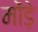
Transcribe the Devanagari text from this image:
मोंड़े